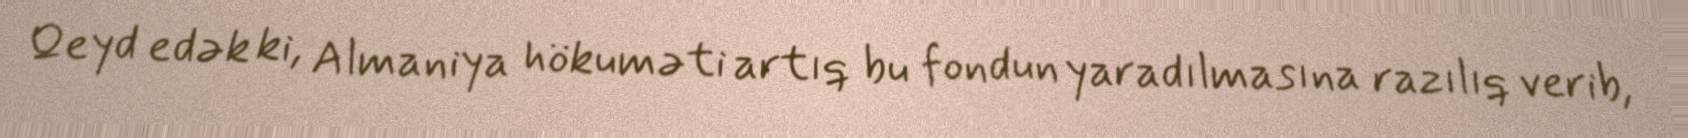
Qeyd edək ki, Almaniya hökuməti artıq bu fondun yaradılmasına razılıq verib,